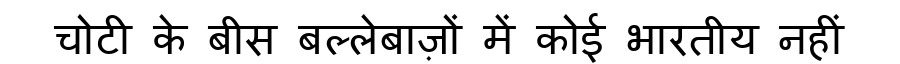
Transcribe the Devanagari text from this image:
चोटी के बीस बल्लेबाज़ों में कोई भारतीय नहीं